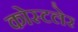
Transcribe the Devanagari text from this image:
कोस्टलेर